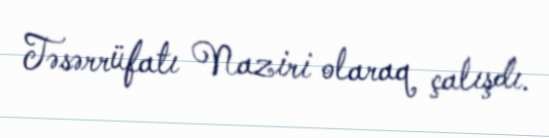
Təsərrüfatı Naziri olaraq çalışdı.